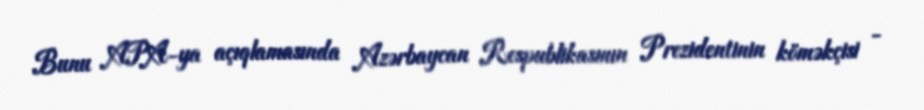
Bunu APA-ya açıqlamasında Azərbaycan Respublikasının Prezidentinin köməkçisi -